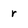
Character: r